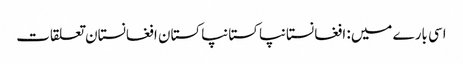
اسی بارے میں: افغانستانپاکستانپاکستان افغانستان تعلقات